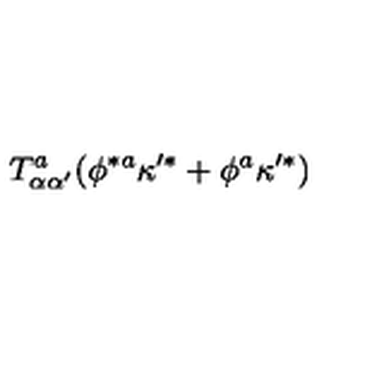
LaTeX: T _ { \alpha \alpha ^ { \prime } } ^ { a } ( \phi ^ { * a } \kappa ^ { \prime * } + \phi ^ { a } \kappa ^ { \prime * } )